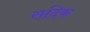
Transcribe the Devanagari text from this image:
सदिक